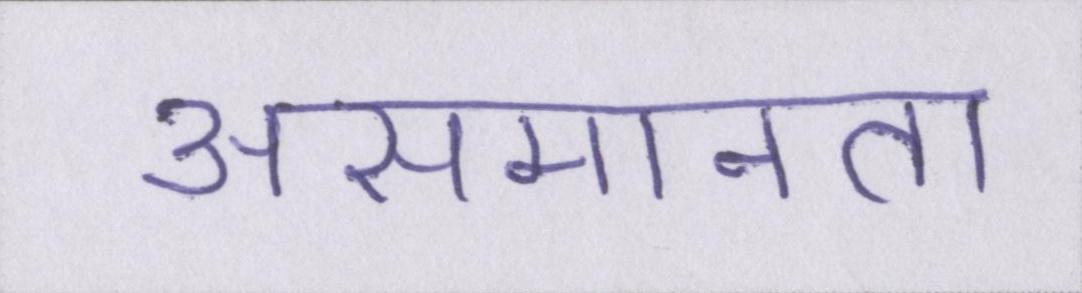
असमानता